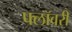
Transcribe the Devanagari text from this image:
फ्लॉवरी